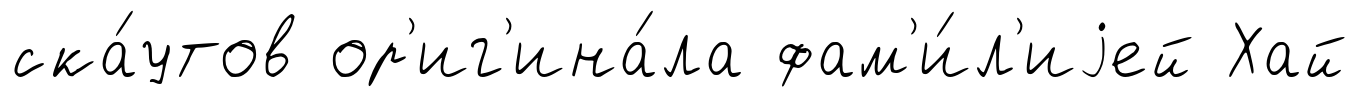
ска́утов ор'иг'ина́ла фам'и́л'иjей Хай